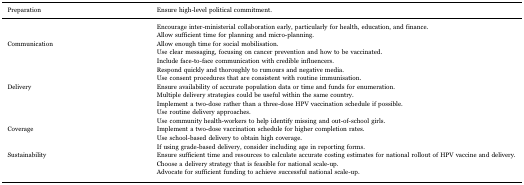
| Preparation | Ensure high-level political commitment. |
 | --- | --- |
 |  | Encourage inter-ministerial collaboration early, particularly for health, education, and finance. |
 |  | Allow sufficient time for planning and micro-planning. |
 | Communication | Allow enough time for social mobilisation. |
 |  | Use clear messaging, focusing on cancer prevention and how to be vaccinated. |
 |  | Include face-to-face communication with credible influencers. |
 |  | Respond quickly and thoroughly to rumours and negative media. |
 |  | Use consent procedures that are consistent with routine immunisation. |
 | Delivery | Ensure availability of accurate population data or time and funds for enumeration. |
 |  | Multiple delivery strategies could be useful within the same country. |
 |  | Implement a two-dose rather than a three-dose HPV vaccination schedule if possible. |
 |  | Use routine delivery approaches. |
 |  | Use community health-workers to help identify missing and out-of-school girls. |
 | Coverage | Implement a two-dose vaccination schedule for higher completion rates. |
 |  | Use school-based delivery to obtain high coverage. |
 |  | If using grade-based delivery, consider including age in reporting forms. |
 | Sustainability | Ensure sufficient time and resources to calculate accurate costing estimates for national rollout of HPV vaccine and delivery. |
 |  | Choose a delivery strategy that is feasible for national scale-up. |
 |  | Advocate for sufficient funding to achieve successful national scale-up. |